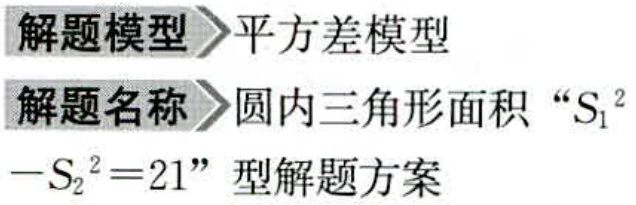
\begin{document}
解题模型 平方差模型
解题名称 圆内三角形面积“\(S_{1}^{2}-S_{2}^{2}=21\)”型解题方案
\end{document}